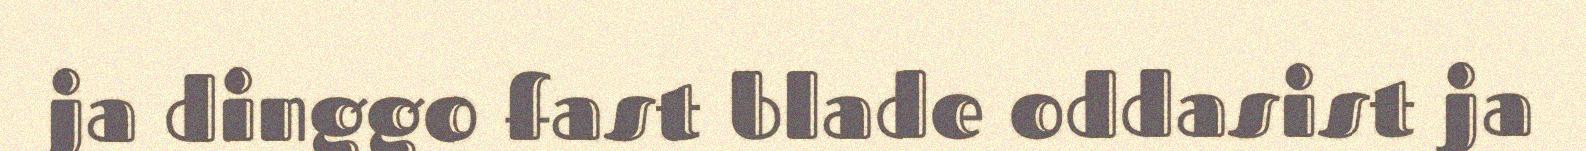
ja dinggo fast blade oddasist ja